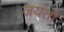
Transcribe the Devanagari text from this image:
जयंतो